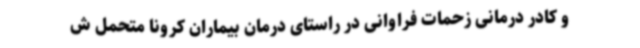
و کادر درمانی زحمات فراوانی در راستای درمان بیماران کرونا متحمل ش